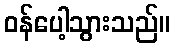
ဝန်ပေါ့သွားသည်။